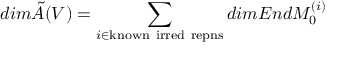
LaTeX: d i m \tilde { A } ( V ) = \sum _ { i \in \mathrm { k n o w n ~ i r r e d ~ r e p n s } } d i m E n d M _ { 0 } ^ { ( i ) }